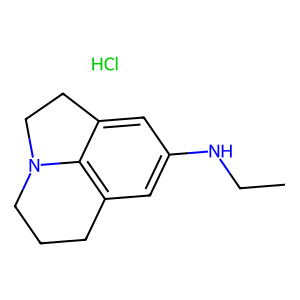
SMILES: CCNc1cc2c3c(c1)CCN3CCC2.Cl
Inhibits HIV replication: No